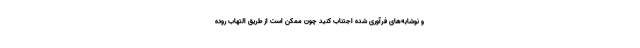
و نوشابه‌های فرآوری شده اجتناب کنید چون ممکن است از طریق التهاب روده